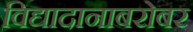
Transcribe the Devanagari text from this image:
विद्यादानाबरोबर